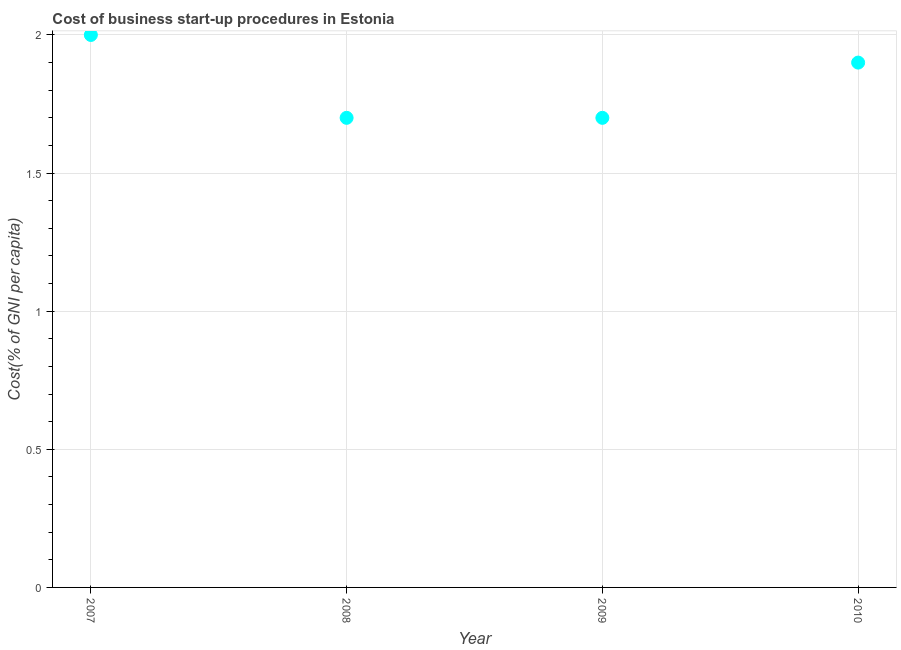
| Year | Cost |
 | --- | --- |
 | 2007 | 2 |
 | 2008 | 1.7 |
 | 2009 | 1.7 |
 | 2010 | 1.9 |